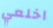
اخلعي